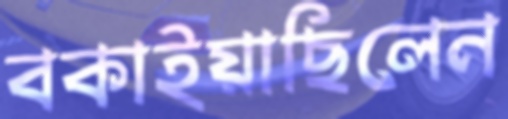
বকাইয়াছিলেন